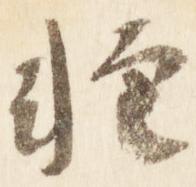
軽